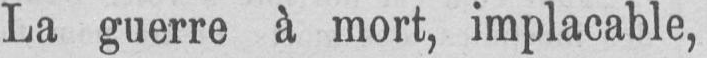
La guerre à mort, implacable,